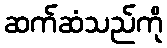
ဆက်ဆံသည်ကို